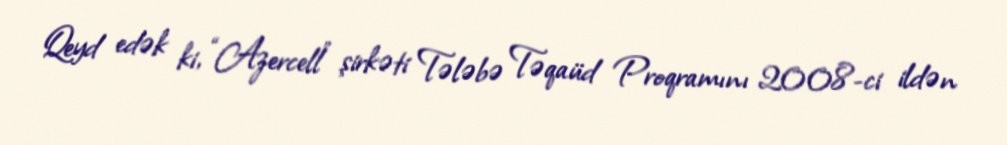
Qeyd edək ki, “Azercell” şirkəti Tələbə Təqaüd Proqramını 2008-ci ildən